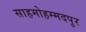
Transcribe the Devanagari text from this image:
साहमोहम्मदपुर